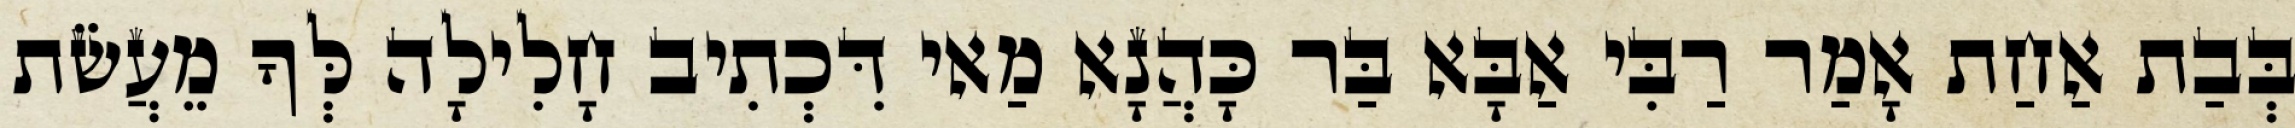
בְּבַת אַחַת אָמַר רַבִּי אַבָּא בַּר כָּהֲנָא מַאי דִּכְתִיב חָלִילָה לְּךָ מֵעֲשֹׂת